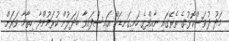
މަދު ދުވަސްކޮޅުގެ ތެރޭގައި ނާއިފްގެ ހަށިގަނޑަށް އައިސްފައިވާ ބަދަލުން ކުރަމުންދާ ހިތާމާ ވަރަށް